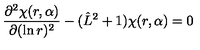
\frac { \partial ^ { 2 } \chi ( r , { \bf \alpha } ) } { \partial ( \ln r ) ^ { 2 } } - ( \hat { L } ^ { 2 } + 1 ) \chi ( r , { \bf \alpha } ) = 0